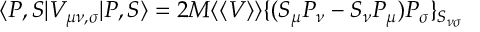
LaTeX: \langle P , S | V _ { \mu \nu , \sigma } | P , S \rangle = 2 M \langle \langle V \rangle \rangle \{ ( S _ { \mu } P _ { \nu } - S _ { \nu } P _ { \mu } ) P _ { \sigma } \} _ { S _ { \nu \sigma } }